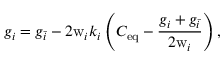
g _ { i } = g _ { \bar { i } } - 2 \mathrm { w } _ { i } k _ { i } \left( C _ { \mathrm { e q } } - \frac { g _ { i } + g _ { \bar { i } } } { 2 \mathrm { w } _ { i } } \right) ,